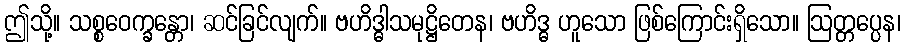
ဤသို့။ သစ္စဝေက္ခန္တော၊ ဆင်ခြင်လျက်။ ဗဟိဒ္ဓါသမုဋ္ဌိတေန၊ ဗဟိဒ္ဓ ဟူသော ဖြစ်ကြောင်းရှိသော။ ဩတ္တပ္ပေန၊